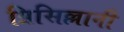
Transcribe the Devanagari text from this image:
प्रिसिल्लानी